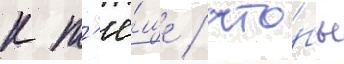
к т'ё́ще / что́бы